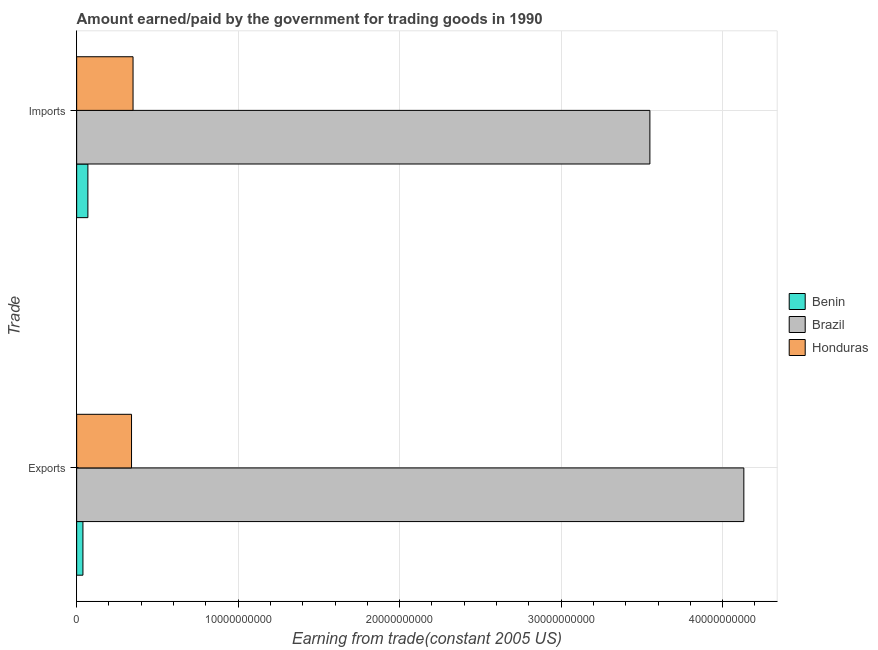
| Trade | Benin | Brazil | Honduras |
 | --- | --- | --- | --- |
 | Exports | 3.89e+08 | 4.13e+10 | 3.4e+09 |
 | Imports | 6.96e+08 | 3.55e+10 | 3.49e+09 |